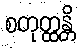
စတုတ္ထန္တိ